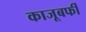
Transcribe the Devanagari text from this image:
काजूबर्फी